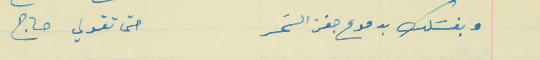
وبغسَلك بدموع جفن السَحر                                 حتى تقولي حاج